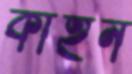
কাহন